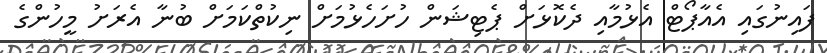
ފައިނުގައި އެއާޕޯޓް އެޅުމާއި ދެކޮޅަށް ޕެޓިޝަން ހުށަހެޅުމަށް ނިކުތްކަމަށް ބުނާ އެރަށު މީހުންގެ